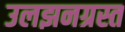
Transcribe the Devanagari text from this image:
उलझनग्रस्त